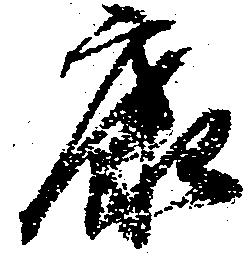
康